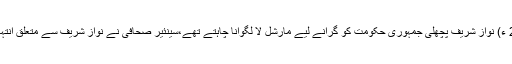
جمعہ 25 مئی 2018 ء) نواز شریف پچھلی جمہوری حکومت کو گرانے لیے مارشل لا لگوانا چاہتے تھے،سینئیر صحافی نے نواز شریف سے متعلق انتہائی اہم انکشاف کر دیا۔